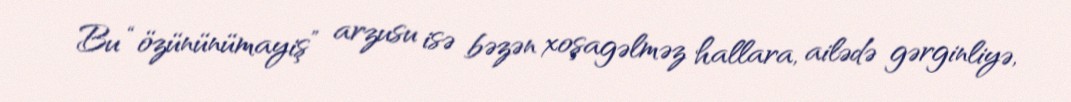
Bu “özününümayiş” arzusu isə bəzən xoşagəlməz hallara, ailədə gərginliyə,